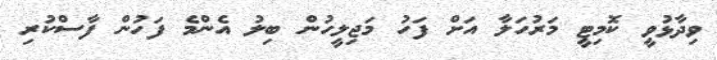
ވިދާޅުވީ ކޮމިޓީ މަރުހަލާ އަށް ފަހު މަޖިލީހުން ބިލު އެންމެ ފަހުން ފާސްކުރި